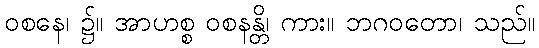
ဝစနေ၊ ၌။ အာဟစ္စ ဝစနန္တိ၊ ကား။ ဘဂဝတော၊ သည်။